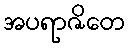
အပရာဇိတေ